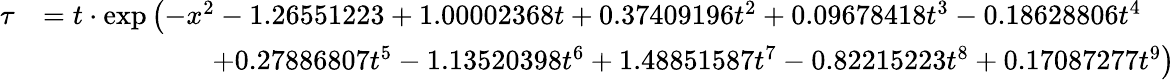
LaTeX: {\begin{array}{rl}{\tau}&{=t\cdot\exp\left(-x^{2}-1.26551223+1.00002368t+0.37409196t^{2}+0.09678418t^{3}-0.18628806t^{4}\right.}\\ &{\left.\qquad\qquad\qquad+0.27886807t^{5}-1.13520398t^{6}+1.48851587t^{7}-0.82215223t^{8}+0.17087277t^{9}\right)}\end{array}}